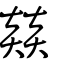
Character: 燚